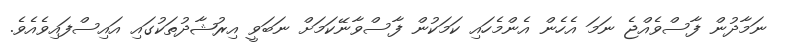
ނަމާދުން ފާސްވެއްޖެ ނަމަ އެހެން އެންމެހައި ކަމަކުން ފާސްވާނޭކަމަށް ނަބަވީ އިރުޝާދުތަކުގައި އައިސްފައިވެއެވެ.